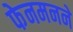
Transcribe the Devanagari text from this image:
फेनमनने